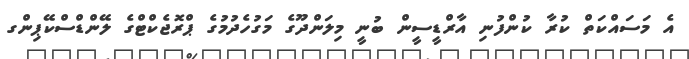
އެ މަސައްކަތް ކުރާ ކުންފުނި އާރްޑީސީން ބުނީ މިލަންދޫގެ މަގުހެދުމުގެ ޕްރޮޖެކްޓްގެ ލޭންޑްސްކޭޕިންގ